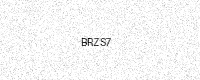
Text: BRZS7